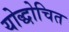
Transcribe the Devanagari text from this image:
योद्धोचित